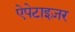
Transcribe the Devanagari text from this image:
ऐपेटाइज़र